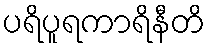
ပရိပူရကာရိနီတိ